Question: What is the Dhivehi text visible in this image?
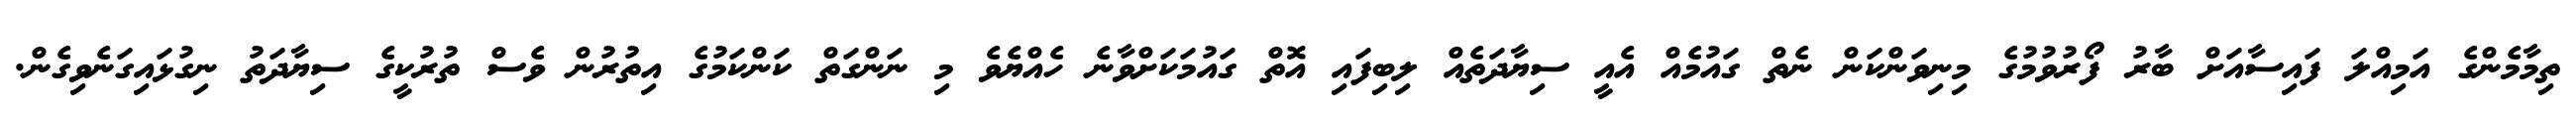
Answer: ތިމާމެންގެ އަމިއްލަ ފައިސާއަށް ބާރު ފޯރުވުމުގެ މިނިވަންކަން ނެތް ގައުމެއް އެއީ ސިޔާދަތެއް ލިބިފައި އޮތް ގައުމަކަށްވާނެ ހެއްޔެވެ މި ނަންގަތް ކަންކަމުގެ އިތުރުން ވެސް ތުރުކީގެ ސިޔާދަތު ނިގުޅައިގަނެވިގެން.